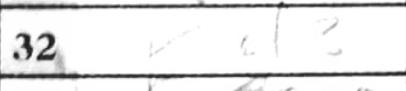
Transcription: Kd3